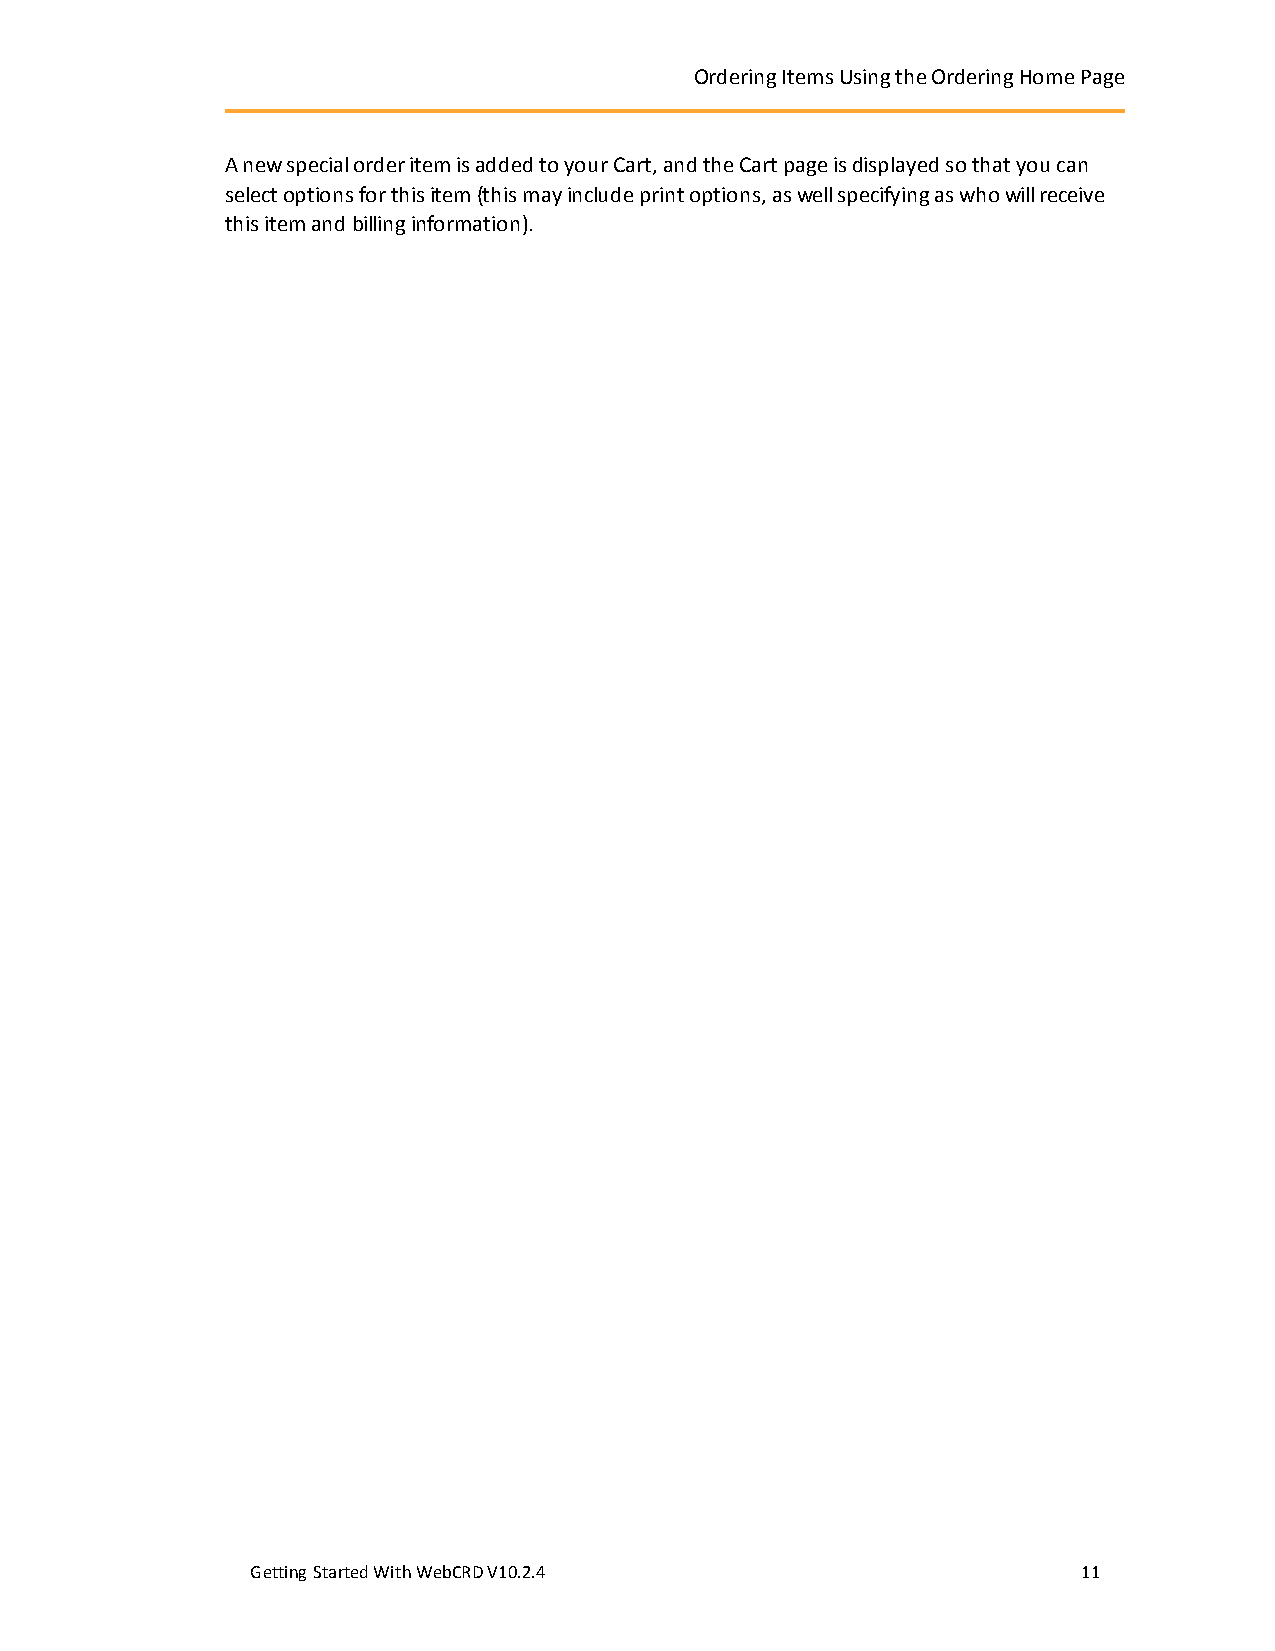
OrderingItemsUsingtheOrderingHomePage
 A new special order item is added to your Cart, and the Cart page is displayed so that you can
 select options for this item (this may include print options, as well specifying as who will receive
 this item and billing information).
 GettingStartedWithWebCRDV10.2.4                        11